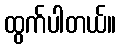
ထွက်ပါတယ်။